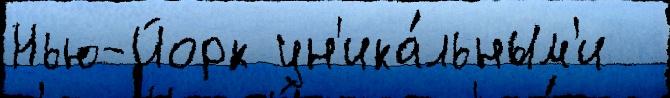
Нью-Йорк ун'ика́льным'и